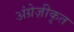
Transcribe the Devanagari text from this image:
अंग्रेज़ीकृत